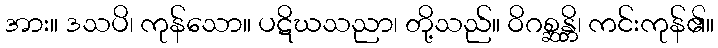
အား။ ဒသပိ၊ ကုန်သော။ ပဋိဃသညာ၊ တို့သည်။ ဝိဂစ္ဆန္တိ၊ ကင်းကုန်၏။